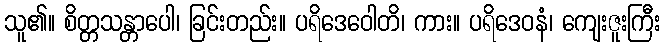
သူ၏။ စိတ္တသန္တာပေါ၊ ခြင်းတည်း။ ပရိဒေဝေါတိ၊ ကား။ ပရိဒေဝနံ၊ ကျေးဇူးကြီး